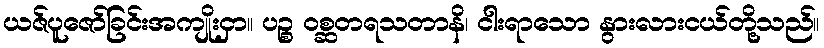
ယဇ်ပူဇော်ခြင်းအကျိုးငှာ။ ပဉ္စ ဝစ္ဆတရသတာနိ၊ ငါးရာသော နွားလားငယ်တို့သည်။